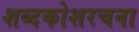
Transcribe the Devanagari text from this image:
शब्दकोशरचना